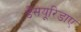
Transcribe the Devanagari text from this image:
डैसयूरिडाए